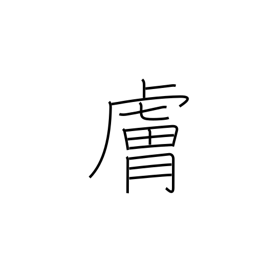
Meaning: disposition